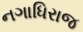
નગાધિરાજ